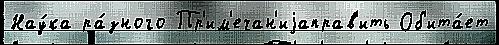
Нау́ка ра́зного Пр'им'ечан'иjаправ'ить Об'ита́ет